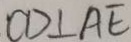
C D \bot A E